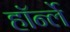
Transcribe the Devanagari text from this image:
हॉर्न्ले